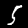
Digit: 5